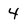
Character: 4